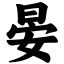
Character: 晏